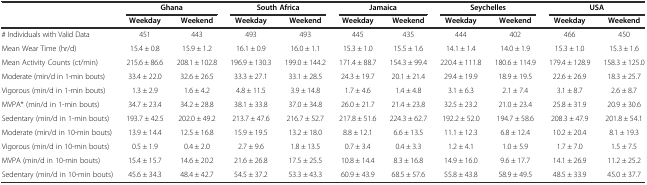
<table><thead><tr><td></td><td colspan="2"><b>Ghana</b></td><td colspan="2"><b>South Africa</b></td><td colspan="2"><b>Jamaica</b></td><td colspan="2"><b>Seychelles</b></td><td colspan="2"><b>USA</b></td></tr><tr><td></td><td><b>Weekday</b></td><td><b>Weekend</b></td><td><b>Weekday</b></td><td><b>Weekend</b></td><td><b>Weekday</b></td><td><b>Weekend</b></td><td><b>Weekday</b></td><td><b>Weekend</b></td><td><b>Weekday</b></td><td><b>Weekend</b></td></tr></thead><tbody><tr><td># Individuals with Valid Data</td><td>451</td><td>443</td><td>493</td><td>493</td><td>445</td><td>435</td><td>444</td><td>402</td><td>466</td><td>450</td></tr><tr><td>Mean Wear Time (hr/d)</td><td>15.4 ± 0.8</td><td>15.9 ± 1.2</td><td>16.1 ± 0.9</td><td>16.0 ± 1.1</td><td>15.3 ± 1.0</td><td>15.5 ± 1.6</td><td>14.1 ± 1.4</td><td>14.0 ± 1.9</td><td>15.3 ± 1.0</td><td>15.3 ± 1.6</td></tr><tr><td>Mean Activity Counts (ct/min)</td><td>215.6 ± 86.6</td><td>208.1 ± 102.8</td><td>196.9 ± 130.3</td><td>199.0 ± 144.2</td><td>171.4 ± 88.7</td><td>154.3 ± 99.4</td><td>220.4 ± 111.8</td><td>180.6 ± 114.9</td><td>179.4 ± 128.9</td><td>158.3 ± 125.0</td></tr><tr><td>Moderate (min/d in 1-min bouts)</td><td>33.4 ± 22.0</td><td>32.6 ± 26.5</td><td>33.3 ± 27.1</td><td>33.1 ± 28.5</td><td>24.3 ± 19.7</td><td>20.1 ± 21.4</td><td>29.4 ± 19.9</td><td>18.9 ± 19.5</td><td>22.6 ± 26.9</td><td>18.3 ± 25.7</td></tr><tr><td>Vigorous (min/d in 1-min bouts)</td><td>1.3 ± 2.9</td><td>1.6 ± 4.2</td><td>4.8 ± 11.5</td><td>3.9 ± 14.8</td><td>1.7 ± 4.6</td><td>1.4 ± 4.8</td><td>3.1 ± 6.3</td><td>2.1 ± 7.4</td><td>3.1 ± 8.7</td><td>2.6 ± 8.7</td></tr><tr><td>MVPA* (min/d in 1-min bouts)</td><td>34.7 ± 23.4</td><td>34.2 ± 28.8</td><td>38.1 ± 33.8</td><td>37.0 ± 34.8</td><td>26.0 ± 21.7</td><td>21.4 ± 23.8</td><td>32.5 ± 23.2</td><td>21.0 ± 23.4</td><td>25.8 ± 31.9</td><td>20.9 ± 30.6</td></tr><tr><td>Sedentary (min/d in 1-min bouts)</td><td>193.7 ± 42.5</td><td>202.0 ± 49.2</td><td>213.7 ± 47.6</td><td>216.7 ± 52.7</td><td>217.8 ± 51.6</td><td>224.3 ± 62.7</td><td>192.2 ± 52.0</td><td>194.7 ± 58.6</td><td>208.3 ± 47.9</td><td>201.8 ± 54.1</td></tr><tr><td>Moderate (min/d in 10-min bouts)</td><td>13.9 ± 14.4</td><td>12.5 ± 16.8</td><td>15.9 ± 19.5</td><td>13.2 ± 18.0</td><td>8.8 ± 12.1</td><td>6.6 ± 13.5</td><td>11.1 ± 12.3</td><td>6.8 ± 12.4</td><td>10.2 ± 20.4</td><td>8.1 ± 19.3</td></tr><tr><td>Vigorous (min/d in 10-min bouts)</td><td>0.5 ± 1.9</td><td>0.4 ± 2.0</td><td>2.7 ± 9.6</td><td>1.8 ± 13.5</td><td>0.7 ± 3.4</td><td>0.4 ± 3.3</td><td>1.2 ± 4.1</td><td>1.0 ± 5.9</td><td>1.7 ± 7.0</td><td>1.5 ± 7.5</td></tr><tr><td>MVPA (min/d in 10-min bouts)</td><td>15.4 ± 15.7</td><td>14.6 ± 20.2</td><td>21.6 ± 26.8</td><td>17.5 ± 25.5</td><td>10.8 ± 14.4</td><td>8.3 ± 16.8</td><td>14.9 ± 16.0</td><td>9.6 ± 17.7</td><td>14.1 ± 26.9</td><td>11.2 ± 25.2</td></tr><tr><td>Sedentary (min/d in 10-min bouts)</td><td>45.6 ± 34.3</td><td>48.4 ± 42.7</td><td>54.5 ± 37.2</td><td>53.3 ± 43.3</td><td>60.9 ± 43.9</td><td>68.5 ± 57.6</td><td>55.8 ± 43.8</td><td>58.9 ± 49.5</td><td>48.5 ± 33.9</td><td>45.0 ± 37.7</td></tr></tbody></table>